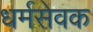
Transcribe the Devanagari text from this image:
धर्मसेवक